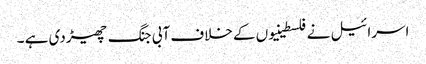
اسرائیل نے فلسطینیوں کے خلاف آبی جنگ چھیڑدی ہے ۔